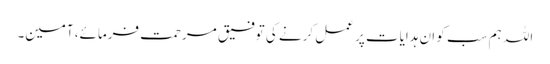
اللہ ہم سب کو ان ہدایات پر عمل کرنے کی توفیق مرحمت فرمائے، آمین۔